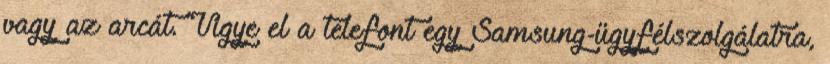
vagy az arcát. Vigye el a telefont egy Samsung-ügyfélszolgálatra,